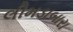
લીમડાબારા